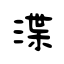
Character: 渫